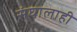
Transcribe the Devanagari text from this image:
संघालाही